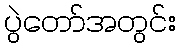
ပွဲတော်အတွင်း